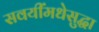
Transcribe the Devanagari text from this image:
सवयींमधेसुद्धा